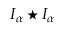
I _ { \alpha } \star I _ { \alpha }